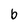
Character: b